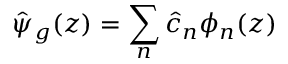
\hat { \psi } _ { g } ( z ) = \sum _ { n } \hat { c } _ { n } \phi _ { n } ( z )